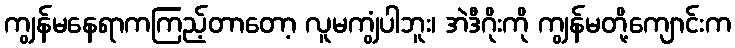
ကျွန်မနေရာကကြည့်တာတော့ လူမကျွံပါဘူး၊ အဲဒီဂိုးကို ကျွန်မတို့ကျောင်းက